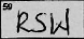
Transcription: RSW